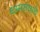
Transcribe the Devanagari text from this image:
धम्मसंघाचे